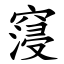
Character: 䆮